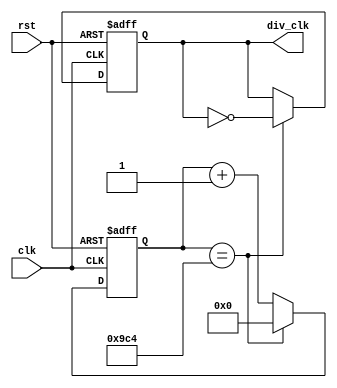
`define TimeExpire_dot 32'd2500
`define TimeExpire_sec 32'd 25000000

module clk_div_dot(clk,rst,div_clk);
input clk,rst;
output div_clk;

reg div_clk;
reg [31:0]count;

always @(posedge clk or negedge rst)
    begin 
        if(!rst)
        begin 
            count <= 32'd0;
            div_clk <= 1'b0;
        end
        else
        begin 
            if(count == `TimeExpire_dot)
            begin 
                count <= 32'd0;
                div_clk <= ~div_clk;
            end
            else
            begin
                count <= count + 32'd1;
            end
        end
    end
endmodule

module clk_div_sec(clk,rst,div_clk);
input clk,rst;
output div_clk;

reg div_clk;
reg [31:0]count;

always @(posedge clk or negedge rst)
    begin 
        if(!rst)
        begin 
            count <= 32'd0;
            div_clk <= 1'b0;
        end
        else
        begin 
            if(count == `TimeExpire_sec)
            begin 
                count <= 32'd0;
                div_clk <= ~div_clk;
            end
            else
            begin
                count <= count + 32'd1;
            end
        end
    end
endmodule

module dot_control (clk_div, rst, light, row, col);
    input clk_div, rst;
    input [1:0]light;
    output reg [7:0] row, col;
    reg [2:0] state;
    always @(posedge clk_div or negedge rst) begin
        if(!rst)
        begin
            case (state)
                3'd0:begin row <= 8'b01111111; col <= 8'b00001100; end
                3'd1:begin row <= 8'b10111111; col <= 8'b00001100; end
                3'd2:begin row <= 8'b11011111; col <= 8'b00011001; end
                3'd3:begin row <= 8'b11101111; col <= 8'b01111110; end
                3'd4:begin row <= 8'b11110111; col <= 8'b10011000; end
                3'd5:begin row <= 8'b11111011; col <= 8'b00011000; end
                3'd6:begin row <= 8'b11111101; col <= 8'b00101000; end
                3'd7:begin row <= 8'b11111110; col <= 8'b01001000; end
            endcase
            state <= state + 1'b1;
        end
        else
        begin
            case(light)
                3'd0:
                begin
                    case (state)
                        3'd0:begin row <= 8'b01111111; col <= 8'b00001100; end
                        3'd1:begin row <= 8'b10111111; col <= 8'b00001100; end
                        3'd2:begin row <= 8'b11011111; col <= 8'b00011001; end
                        3'd3:begin row <= 8'b11101111; col <= 8'b01111110; end
                        3'd4:begin row <= 8'b11110111; col <= 8'b10011000; end
                        3'd5:begin row <= 8'b11111011; col <= 8'b00011000; end
                        3'd6:begin row <= 8'b11111101; col <= 8'b00101000; end
                        3'd7:begin row <= 8'b11111110; col <= 8'b01001000; end
                    endcase
                    state <= state + 1'b1;
                end
                3'd1:
                begin
                    case (state)
                        3'd0:begin row <= 8'b01111111; col <= 8'b00000000; end
                        3'd1:begin row <= 8'b10111111; col <= 8'b00100100; end
                        3'd2:begin row <= 8'b11011111; col <= 8'b00111100; end
                        3'd3:begin row <= 8'b11101111; col <= 8'b10111101; end
                        3'd4:begin row <= 8'b11110111; col <= 8'b11111111; end
                        3'd5:begin row <= 8'b11111011; col <= 8'b00111100; end
                        3'd6:begin row <= 8'b11111101; col <= 8'b00111100; end
                        3'd7:begin row <= 8'b11111110; col <= 8'b00000000; end
                    endcase
                    state <= state + 1'b1;
                end
                3'd2:
                begin
                    case (state)
                        3'd0:begin row <= 8'b01111111; col <= 8'b00011000; end
                        3'd1:begin row <= 8'b10111111; col <= 8'b00011000; end
                        3'd2:begin row <= 8'b11011111; col <= 8'b00111100; end
                        3'd3:begin row <= 8'b11101111; col <= 8'b00111100; end
                        3'd4:begin row <= 8'b11110111; col <= 8'b01011010; end
                        3'd5:begin row <= 8'b11111011; col <= 8'b00011000; end
                        3'd6:begin row <= 8'b11111101; col <= 8'b00011000; end
                        3'd7:begin row <= 8'b11111110; col <= 8'b00100100; end
                    endcase
                    state <= state + 1'b1;
                end
            endcase
        end
    end
endmodule

module count (clk,rst,light,out_sec);
input clk,rst;
output reg[1:0]light;
output reg[3:0]out_sec;
always @(posedge clk or negedge rst) begin
    if(!rst)begin
        light <= 2'd0;
        out_sec <= 4'd15;
    end
    else
    begin
        case(light)
            2'd0:begin
                if(out_sec == 0)begin
                    light <= 2'd1;
                    out_sec <= 4'd5;
                end
                else
                begin
                    out_sec <= out_sec - 4'd1;
                end
            end
            2'd1:begin
                if(out_sec == 0)begin
                    light <= 2'd2;
                    out_sec <= 4'd10;
                end
                else
                begin
                    out_sec <= out_sec - 4'd1;
                end
            end
            2'd2:begin
                if(out_sec == 0)begin
                    light <= 2'd0;
                    out_sec <= 4'd15;
                end
                else
                begin
                    out_sec <= out_sec - 4'd1;
                end
            end
        endcase   
    end
end
endmodule

module sevendisplay(in,out);
    input [3:0]in;
    output reg [6:0]out;
    always@(in)
    begin
    case(in)
        4'd0:
        out=7'b1000000;
        4'd1:
        out=7'b1111001;
        4'd2:
        out=7'b0100100;
        4'd3:
        out=7'b0110000;
        4'd4:
        out=7'b0011001;
        4'd5:
        out=7'b0010010;
        4'd6:
        out=7'b0000010;
        4'd7:
        out=7'b1111000;
        4'd8:
        out=7'b0000000;
        4'd9:
        out=7'b0010000;
        4'd10:
        out=7'b0001000;
        4'd11:
        out=7'b0000011;
        4'd12:
        out=7'b1000110;
        4'd13:
        out=7'b0100001;
        4'd14:
        out=7'b0000110;
        4'd15:
        out=7'b0111000;
	endcase
	end
endmodule

module test (rst,clk,row,col,display);
    input rst ,clk;
    output [7:0] row,col;
    output [6:0] display;
    wire clk_div_dot,clk_div_sec;
    wire [1:0] light;
    wire [3:0] out_sec;
    clk_div_dot u_clk_div_dot (.clk(clk),.rst(rst),.div_clk(clk_div_dot));
    clk_div_sec u_clk_div_sec (.clk(clk),.rst(rst),.div_clk(clk_div_sec));
    count u_count (.clk(clk_div_sec),.rst(rst),.light(light),.out_sec(out_sec));
    dot_control u_dot_control(.clk_div(clk_div_dot), .rst(rst), .light(light), .row(row), .col(col));
    sevendisplay u_sevendisplay (.in(out_sec),.out(display));
    
endmodule